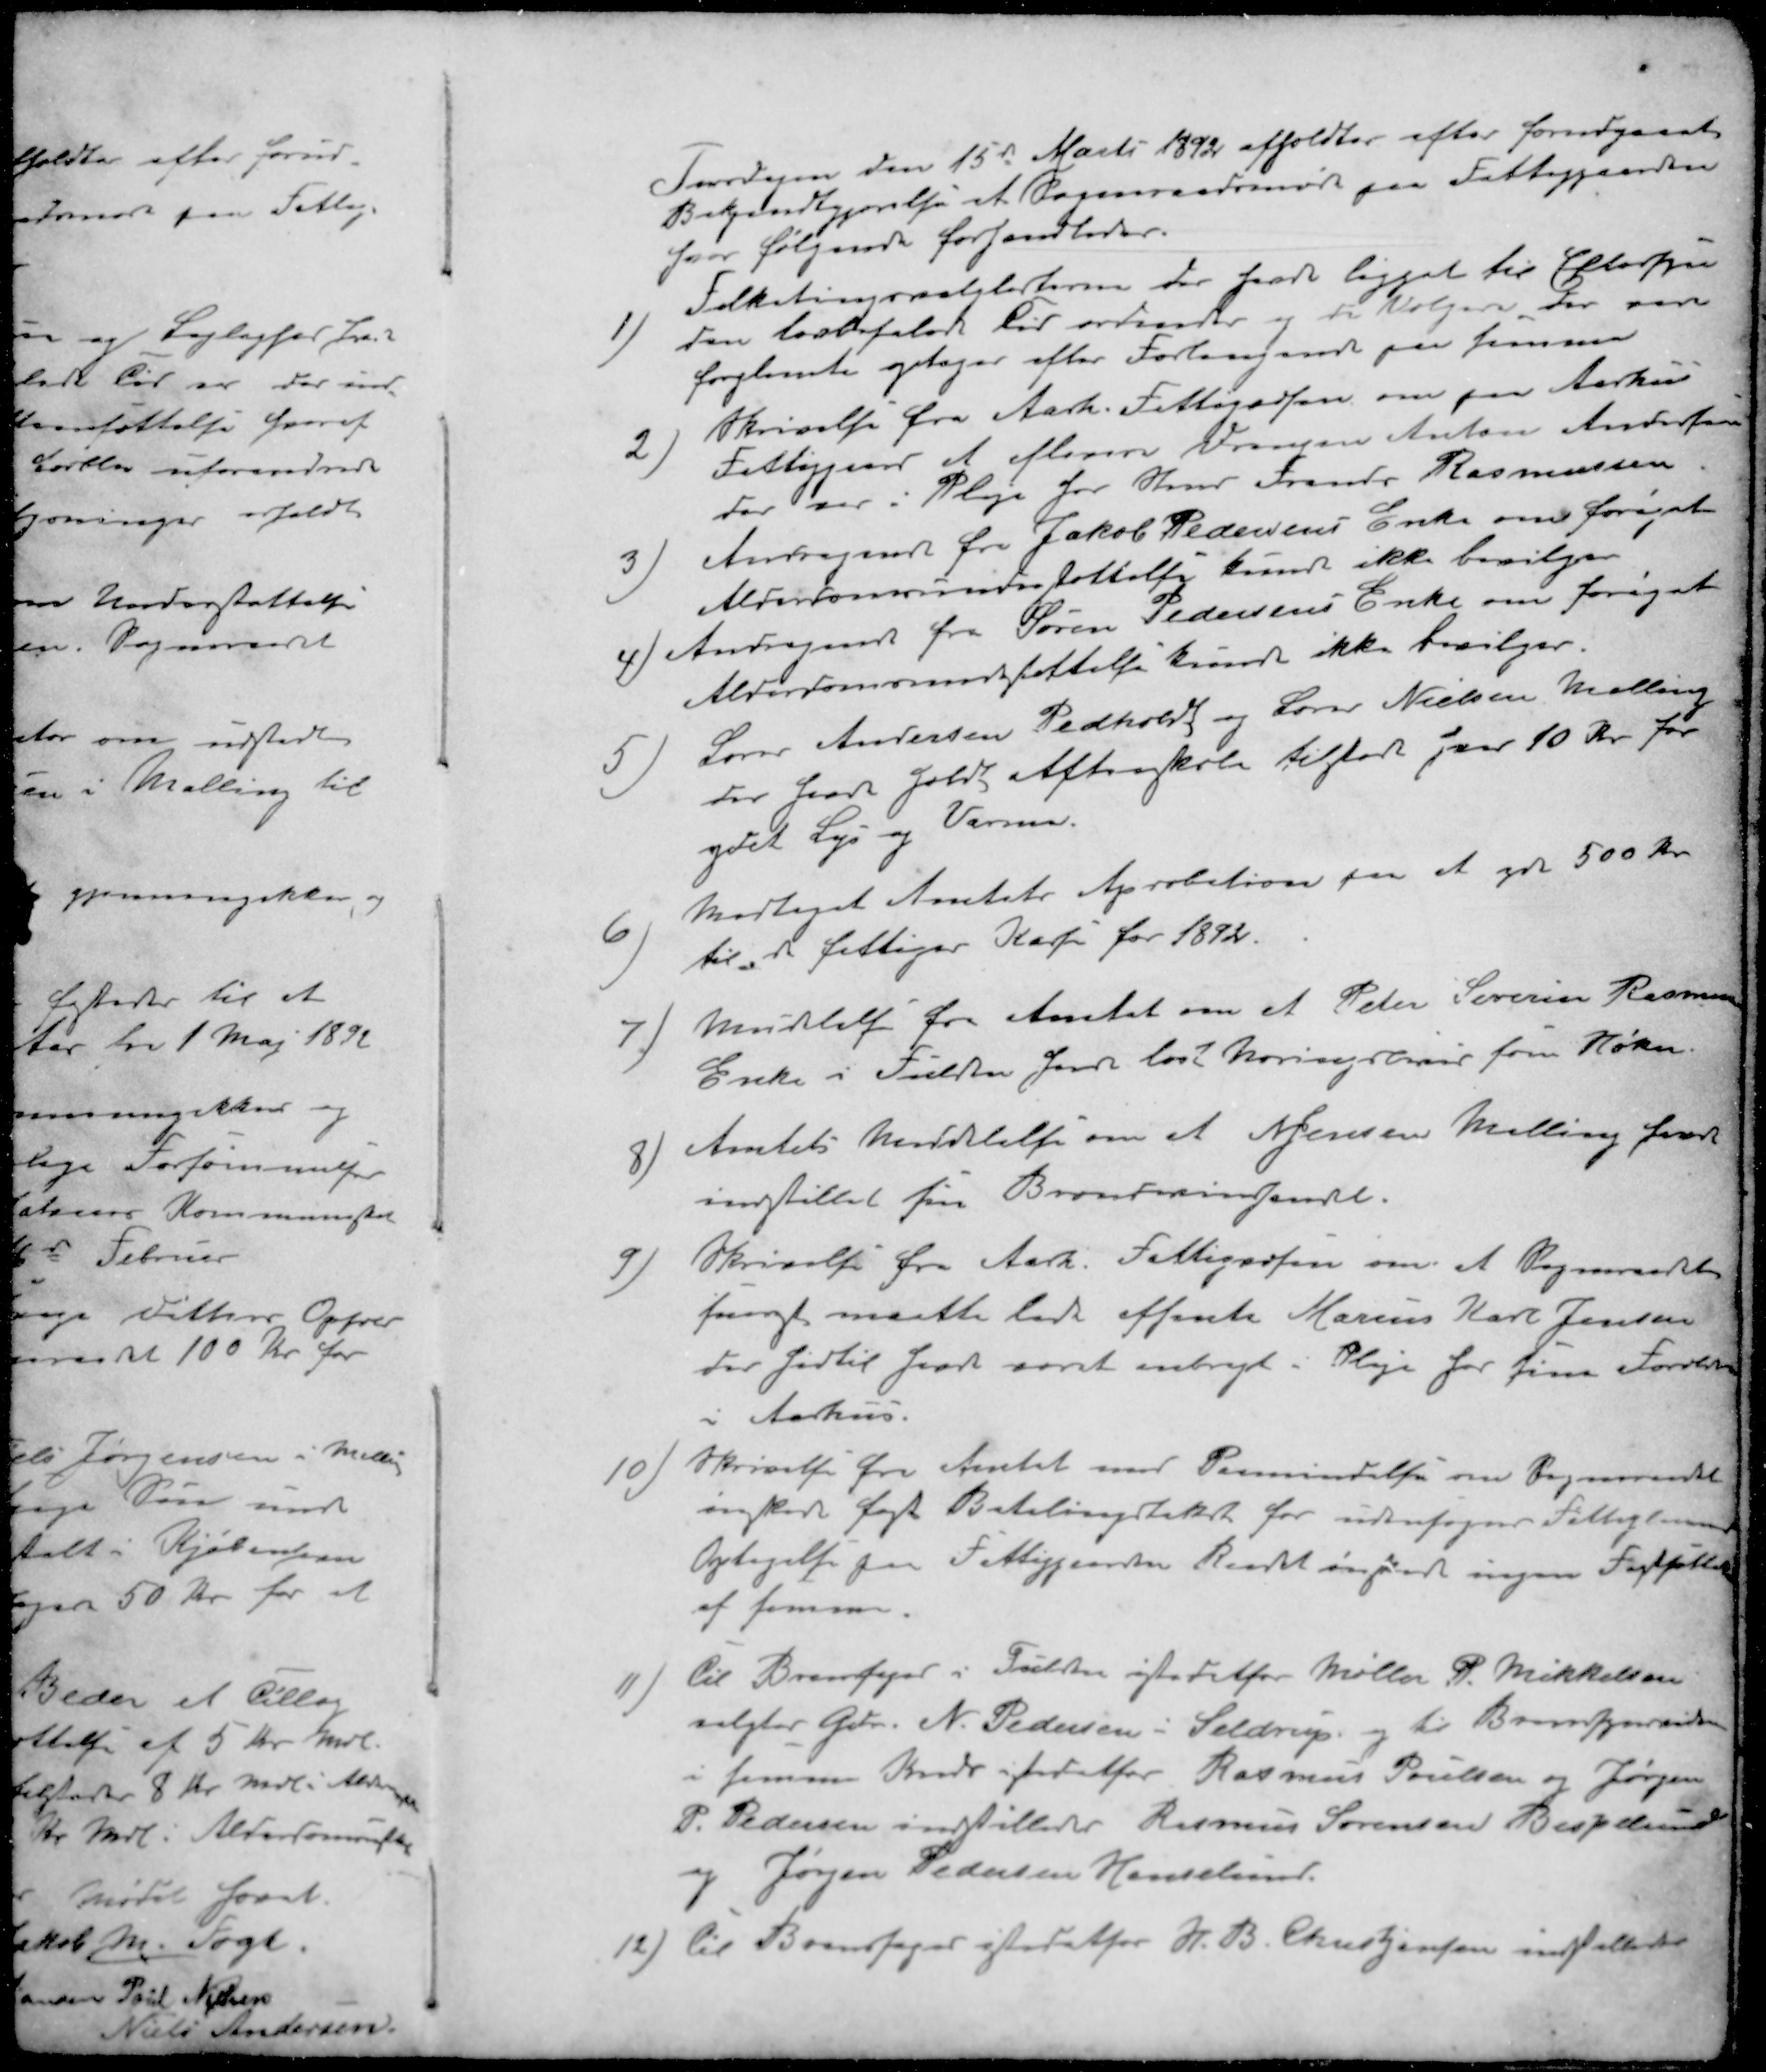
Transskription:
Torsdagen den 15de Marts 1892 afholdtes efter forudgaaet
Bekendtgjørelse et Sogneraadsmøde paa Fattiggaarden
hvor følgende forhandledes.
1 ) Folketingsvalglisterne der havde ligget til Eftersyn
den lovbefalede tid erkendes og de Vælgere, der vare
forglemte optager efter Forlangende paa Jemmer
2 ) Skrivelse fra Aarh. Fattigvæsen om fra Aarhus
Fattiggaard at aflevere Drengen Anton Andersen
der var i Pleje hos Hmd Frands Rasmussen
3 )Andragende fra Jakob Pedersens Enke om forøget
Alderdomsunderstøttelse kunde ikke bevilges
4) Andragende fra Søren Pedersens Enke om forøget
Alderdomsunderstøttelse kunde ikke bevilges.
5 )Lærer Andersen Pedholt og Lærer Nielsen Malling
der har holdt Aftenskole tilført hver 10 Kr for
ydet Lys og Varme.
6 ) Modtaget Amtets Aprobation paa at yde 500 Kr.
til "de fattiges Kasse" for 1892.
7 ) Meddelelse fra Amtet om at Peter Severin Rasmussens
Enke i Fulden har løst Næringbrev som Høker
8 ) Amtets Meddelelse om at N Jensen Malling havde
indstillet sin Bændevinshandel.
9 ) Skrivelse fra Aarh. Fattigvæsen om at Sogneraadet
 maatte lade afhente Marius Karl Jensen
der hidtil har været anbragt i Pleje hos sine 
i Aarhus.
10 ) Skrivelse fra Amtet med Paamindelse om Sogneraadet
ønsker lagt Betalingstakst for udensogns Fattiglemmer
Optagelse paa Fattiggaarden Raadet ønskede ingen 
af samme
11 ) til Brandfoged i Fulden istedetfor Møller P. Mikkelsen
valgtes Gdr. N. Pedersen i Seldrup og til Brandsynsmand
i samme Kreds istedetfor Rasmus Poulsen og Jørgen
P. Pedersen indstilledes Rasmus Sørensen Bispelund
og Jørgen Pedersen Hessellund
12 ) til Brandfoged istedetfor H. B. Christensen indstilledes